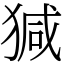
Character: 㺂